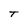
Character: T